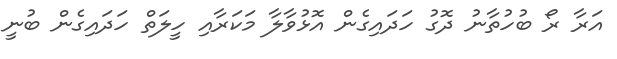
އަރާ ރޯ ބުހުތާނު ދޮގު ހަދައިގެން އޮޅުވާލާ މަކަރާއި ހީލަތް ހަދައިގެން ބުނީ